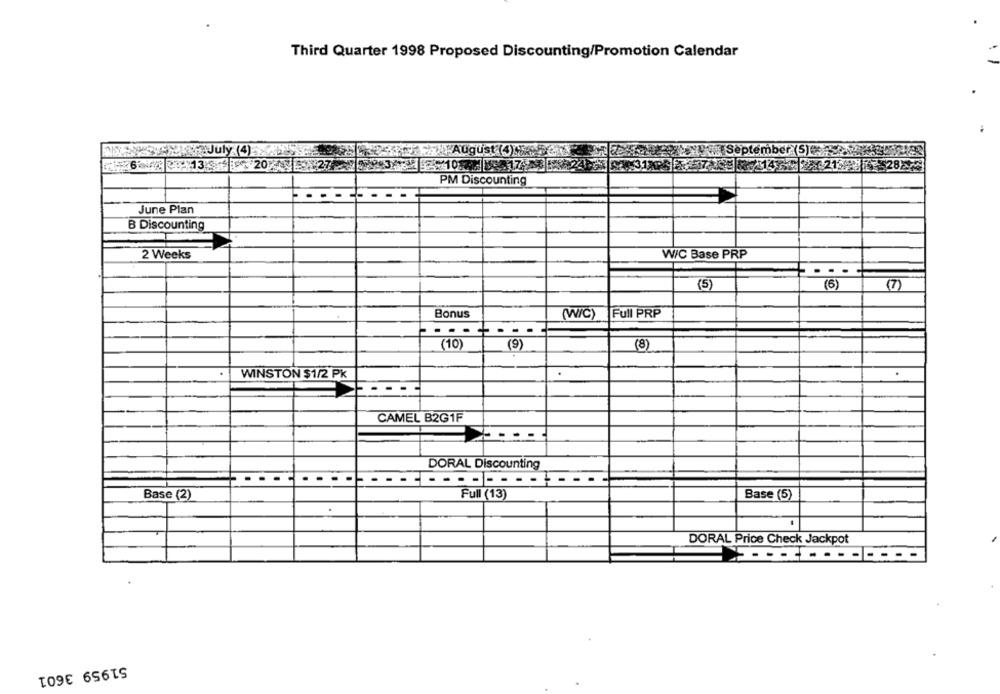
Third Quarter 1998 Proposed Discounting/Promotion Calendar
July (4)
Sep
61320
PM Discounting
June Plan
B Discounting
2 Weeks
W/C Base PRP
(5)
(6)
(7)
Bonus
(W/C) Full PRP
(10)
(9)
(8)
WINSTON $1/2 PK
.
.
CAMEL B2G1F
- -
DORAL Discounting
Base (2)
Full (13)
Base (5)
DORAL Price Check Jackpot
51959 3601